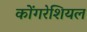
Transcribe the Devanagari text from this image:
कोंगरेशियल